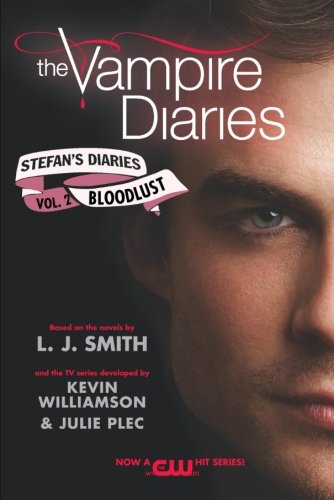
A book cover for The Vampire Diaries: Stefan's Diaries #2: Bloodlust; L. J. Smith; Teen & Young Adult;